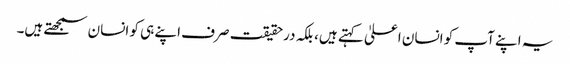
یہ اپنے آپ کو انسان اعلیٰ کہتے ہیں، بلکہ درحقیقت صرف اپنے ہی کو انسان سمجھتے ہیں۔